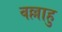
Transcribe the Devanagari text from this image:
वल्लाहु